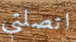
اتصلتي